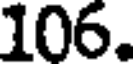
106.